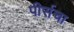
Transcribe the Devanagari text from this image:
पीर्सचा